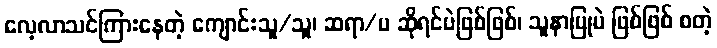
လေ့လာသင်ကြားနေတဲ့ ကျောင်းသူ/သူ၊ ဆရာ/မ ဆိုရင်ပဲဖြစ်ဖြစ်၊ သူနာပြုပဲ ဖြစ်ဖြစ် စတဲ့